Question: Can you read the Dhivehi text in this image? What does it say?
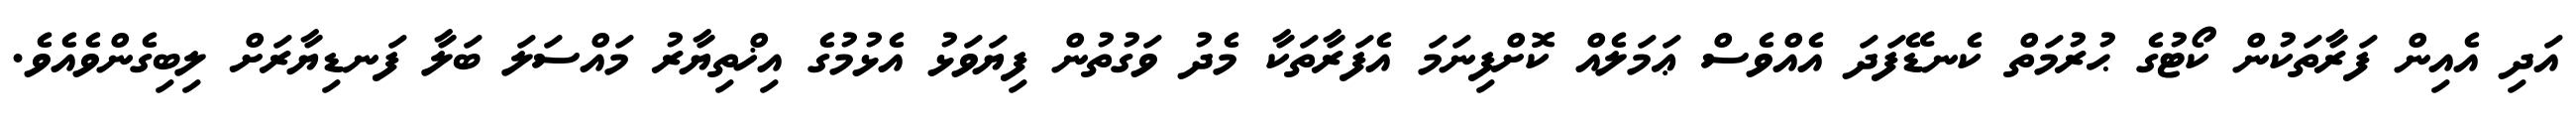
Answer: އަދި އެއިން ފަރާތަކުން ކޯޓުގެ ޙުރުމަތް ކެނޑޭފަދަ އެއްވެސް ޢަމަލެއް ކޮށްފިނަމަ އެފަރާތަކާ މެދު ވަގުތުން ފިޔަވަޅު އެޅުމުގެ އިޚްތިޔާރު މައްސަލަ ބަލާ ފަނޑިޔާރަށް ލިބިގެންވެއެވެ.